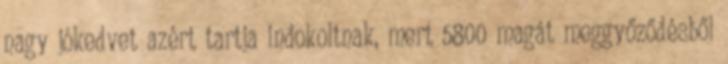
nagy jókedvet azért tartja indokoltnak, mert 5800 magát meggyőződésből